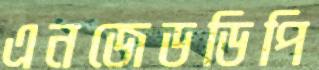
এনজেডডিপি